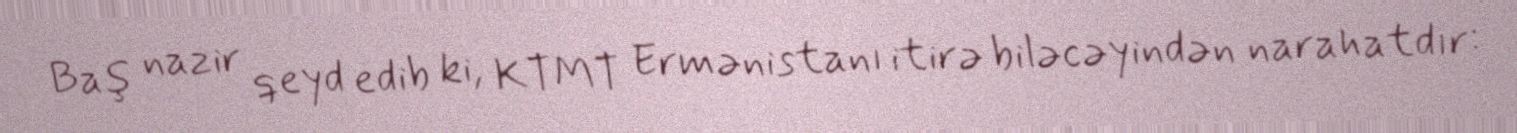
Baş nazir qeyd edib ki, KTMT Ermənistanı itirə biləcəyindən narahatdır: